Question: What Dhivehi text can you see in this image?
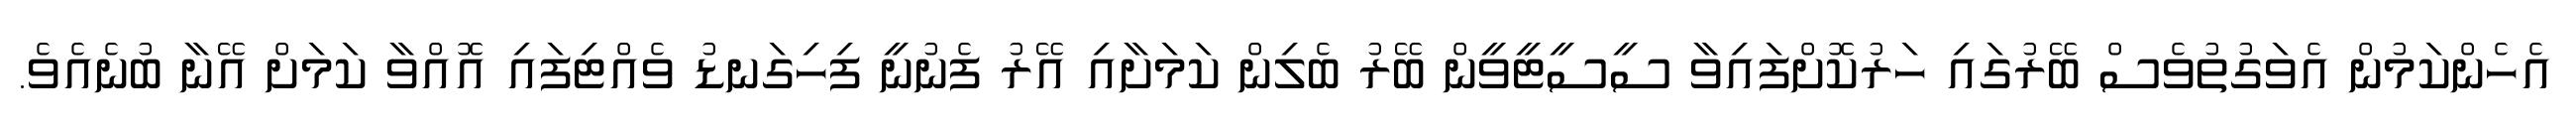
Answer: އެހެންކަމުން އެވަގުތުވެސް ބޭރުގައި ހަރުކޮށްފައިވާ ސީސީޓީވީން ބޭރު ބެލިން ކަމަށާއި އޭރު ފެނުނީ ފިހިގަނޑު ވެއްޓިފައި އޮއްވާ ކަމަށް އޭނާ ބުނެއެވެ.